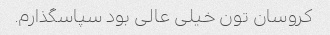
کروسان تون خیلی عالی بود سپاسگذارم.